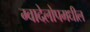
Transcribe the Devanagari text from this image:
ग्वादेलोपमधील